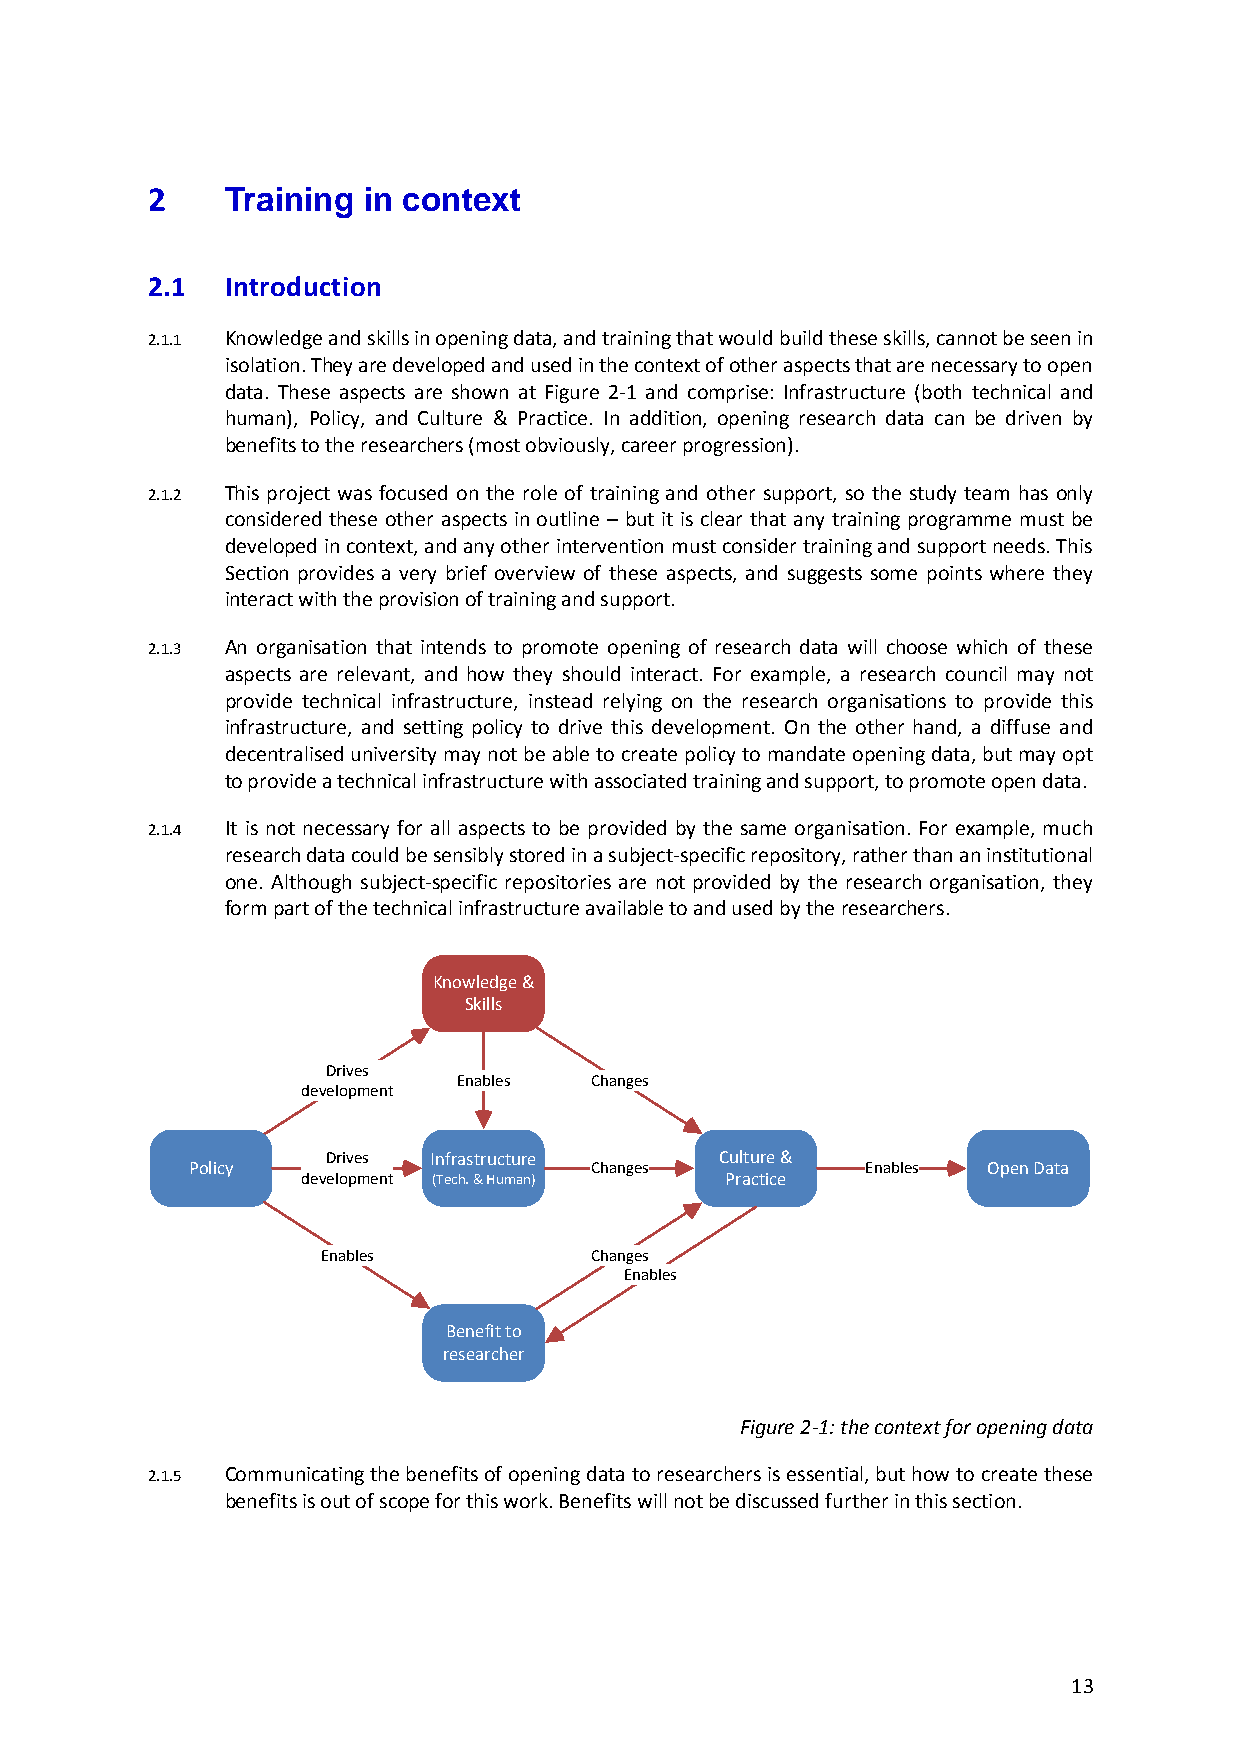
2    Training in context
 2.1  Introduction
 2.1.1 Knowledge and skills in opening data, and training that would build these skills, cannot be seen in
 isolation. They are developed and used in the context of other aspects that are necessary to open
 data. These aspects are shown at Figure 2-1 and comprise: Infrastructure (both technical and
 human), Policy, and Culture & Practice. In addition, opening research data can be driven by
 benefits to the researchers (most obviously, career progression).
 2.1.2 This project was focused on the role of training and other support, so the study team has only
 considered these other aspects in outline – but it is clear that any training programme must be
 developed in context, and any other intervention must consider training and support needs. This
 Section provides a very brief overview of these aspects, and suggests some points where they
 interact with the provision of training and support.
 2.1.3 An organisation that intends to promote opening of research data will choose which of these
 aspects are relevant, and how they should interact. For example, a research council may not
 provide technical infrastructure, instead relying on the research organisations to provide this
 infrastructure, and setting policy to drive this development. On the other hand, a diffuse and
 decentralised university may not be able to create policy to mandate opening data, but may opt
 to provide a technical infrastructure with associated training and support, to promote open data.
 2.1.4 It is not necessary for all aspects to be provided by the same organisation. For example, much
 research data could be sensibly stored in a subject-specific repository, rather than an institutional
 one. Although subject-specific repositories are not provided by the research organisation, they
 form part of the technical infrastructure available to and used by the researchers.
 Figure 2-1: the context for opening data
 2.1.5 Communicating the benefits of opening data to researchers is essential, but how to create these
 benefits is out of scope for this work. Benefits will not be discussed further in this section.
 13
 P o lic y
 d
 d
 e
 e
 D riv e sv
 e lo p m e
 D riv e sv
 e lo p m e
 E n a b le s
 n
 n
 t
 t
 K n o w le d g e &
 S k ills
 E n a b le s
 In fr a s t r u c t u r e(T
 e c h . & H u m a n )
 B e n e fit t o
 r e s e a r c h e r
 C
 C
 C
 h
 h
 h
 a
 a
 a
 n
 n
 n
 g
 g
 gE
 e
 e
 en
 s
 s
 sa
 b le s
 C u ltP
 r a
 uc r et
 ic
 &e
 E n a b le s O p e n D a t a